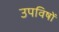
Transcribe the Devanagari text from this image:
उपविषों